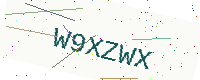
Text: W9XZWX